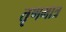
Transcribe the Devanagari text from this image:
तृणमात्र